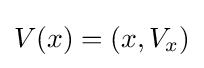
V(x)=(x,V_{x})